Annual administration report of the Civil Veterinary Department of India - 1895-1896
Year: 1895
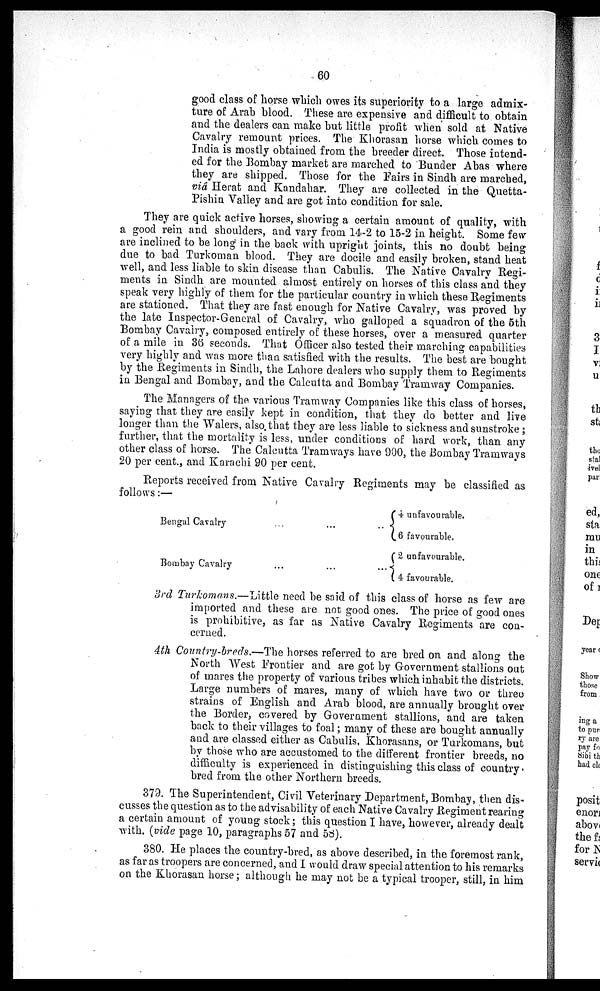
60
good class of horse which owes its superiority to a large admix-
ture of Arab blood. These are expensive and difficult to obtain
and the dealers can make but little profit when sold at Native
Cavalry remount prices. The Khorasan horse which comes to
India is mostly obtained from the breeder direct. Those intend-
ed for the Bombay market are marched to Bunder Abas where
they are shipped. Those for the Fairs in Sindh are marched,
viá Herat and Kandahar. They are collected in the Quetta-
Pishin Valley and are got into condition for sale.
They are quick active horses, showing a certain amount of quality, with
a good rein and shoulders, and vary from 14-2 to 15-2 in height. Some few
are inclined to be long in the back with upright joints, this no doubt being
due to bad Turkoman blood. They are docile and easily broken, stand heat
well, and less liable to skin disease than Cabulis. The Native Cavalry Regi-
ments in Sindh are mounted almost entirely on horses of this class and they
speak very highly of them for the particular country in which these Regiments
are stationed. That they are fast enough for Native Cavalry, was proved by
the late Inspector-General of Cavalry, who galloped a squadron of the 5th
Bombay Cavalry, composed entirely of these horses, over a measured quarter
of a mile in 36 seconds. That Officer also tested their marching capabilities
very highly and was more than satisfied with the results. The best are bought
by the Regiments in Sindh, the Lahore dealers who supply them to Regiments
in Bengal and Bombay, and the Calcutta and Bombay Tramway Companies.
The Managers of the various Tramway Companies like this class of horses,
saying that they are easily kept in condition, that they do better and live
longer than the Walers, also that they are less liable to sickness and sunstroke;
further, that the mortality is less, under conditions of hard work, than any
other class of horse. The Calcutta Tramways have 900, the Bombay Tramways
20 per cent., and Karachi 90 per cent.
Reports received from Native Cavalry Regiments may be classified as
follows:—
Bengal Cavalry ...
Bombay Cavalry ...
...
...
...
...
4 unfavourable.
6 favourable.
2 unfavourable.
4 favourable.
3rd Turkomans.—Little need be said of this class of horse as few are
imported and these are not good ones. The price of good ones
is prohibitive, as far as Native Cavalry Regiments are con-
cerned.
4th Country-breds.—The horses referred to are bred on and along the
North West Frontier and are got by Government stallions out
of mares the property of various tribes which inhabit the districts.
Large numbers of mares, many of which have two or three
strains of English and Arab blood, are annually brought over
the Border, covered by Government stallions, and are taken
back to their villages to foal; many of these are bought annually
and are classed either as Cabulis, Khorasans, or Turkomans, but
by those who are accustomed to the different frontier breeds, no
difficulty is experienced in distinguishing this class of country-
bred from the other Northern breeds.
379. The Superintendent, Civil Veterinary Department, Bombay, then dis-
cusses the question as to the advisability of each Native Cavalry Regiment rearing
a certain amount of young stock; this question I have, however, already dealt
with. (vide page 10, paragraphs 57 and 58).
380. He places the country-bred, as above described, in the foremost rank,
as far as troopers are concerned, and I would draw special attention to his remarks
on the Khorasan horse; although he may not be a typical trooper, still, in him